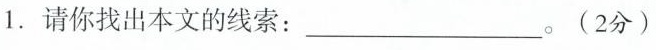
1.请你找出本文的线索：___。(2分)